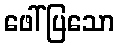
ဖေါ်ပြသော